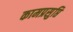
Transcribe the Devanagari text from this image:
कामप्रसुप्ति